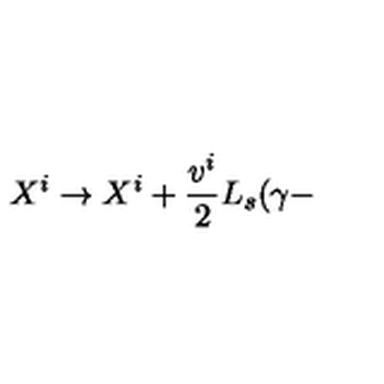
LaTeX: X ^ { i } \rightarrow X ^ { i } + { \frac { v ^ { i } } { 2 } } \ensuremath { L _ { s } } ( \gamma -